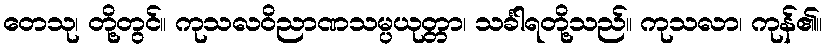
တေသု၊ တို့တွင်။ ကုသလဝိညာဏသမ္ပယုတ္တာ၊ သင်္ခါရတို့သည်။ ကုသလာ၊ ကုန်၏။